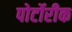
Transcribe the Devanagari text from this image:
पोर्टोरीक